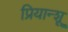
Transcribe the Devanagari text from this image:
प्रियान्शू